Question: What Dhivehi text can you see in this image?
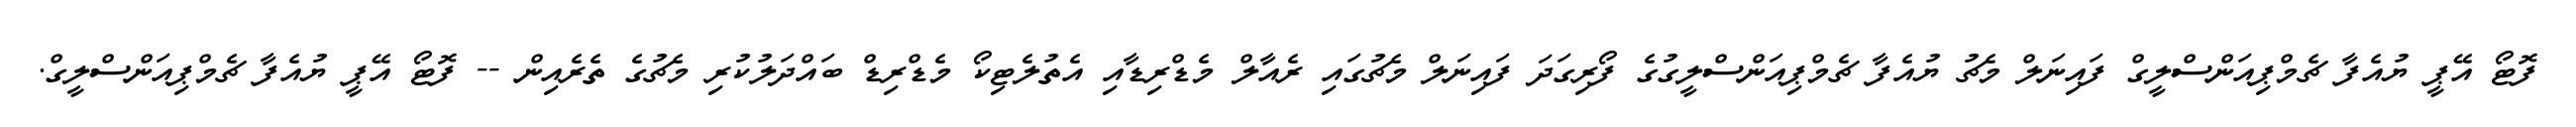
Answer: ފޮޓޯ އޭޕީ ޔުއެފާ ޗެމްޕިއަންސްލީގް ފައިނަލް މެޗު ޔުއެފާ ޗެމްޕިއަންސްލީގުގެ ފޯރިގަދަ ފައިނަލް މެޗުގައި ރެއާލް މެޑްރިޑާއި އެތުލެޓިކޯ މެޑްރިޑް ބައްދަލުކުރި މެޗުގެ ތެރެއިން -- ފޮޓޯ އޭޕީ ޔުއެފާ ޗެމްޕިއަންސްލީގް.